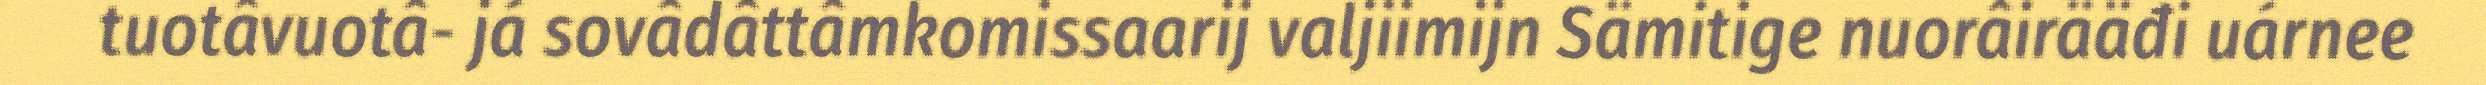
tuotâvuotâ- já sovâdâttâmkomissaarij valjiimijn Sämitige nuorâirääđi uárnee